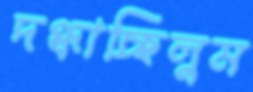
দগ্ধাচ্ছিলুম